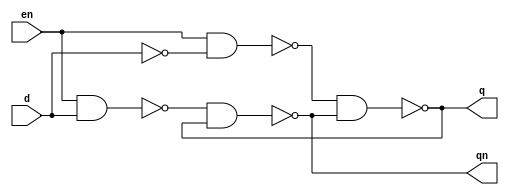
// ---------------------------
// -- Exercicio03
// ---------------------------

//
//--  Celso R Frana Jr
//--    PUC-MG - 404590

//-----------------
//--Module dlatch
//-----------------
module dlatch ( qn, q, en, d );
	input  d, en;
	output qn, q;	
	
	nand NAND1(s1,en,d);
        not NOT1 (s2,d);
 	nand NAND2(s3,en,s2);
	nand NAND3(qn,s1,q);
	nand NAND4(q,s3,qn);
endmodule

//----------------------
//--Test module dLatch
//----------------------
module test;

reg  d, en;
wire nq, q;
dlatch Latch1( qn, q, en, d );
initial begin:start
   d = 1; en=1;

  end

  initial begin: main

   $display("Exercicio 03");
   $display("Celso R Franca Jr - 404590");
   $display("\n  En [b] | D [b] | Q = [b] |Q = [b]\n");
   $monitor("En [%b] | D [%b] | Q = [%b] |Q = [%b]",en ,d, q, qn);

        #1 d = 0; en = 1;
        #1 d = 0; en = 1;
        #1 d = 0; en = 0;
        #1 d = 1; en = 0;



end
endmodule